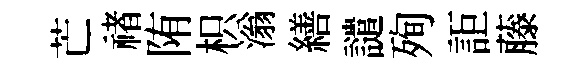
芒禇陏枳滃繕譴殉詎藤